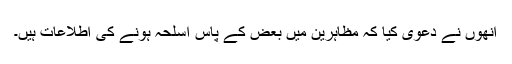
انھوں نے دعویٰ کیا کہ مظاہرین میں بعض کے پاس اسلحہ ہونے کی اطلاعات ہیں۔